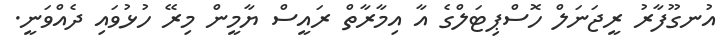
އުނގޫފާރު ރީޖަނަލް ހޮސްޕިޓަލްގެ އާ އިމާރާތް ރައީސް ޔާމީން މިރޭ ހުޅުވައި ދެއްވަނީ.